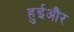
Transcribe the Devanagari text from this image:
हुईऔर